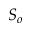
S _ { o }